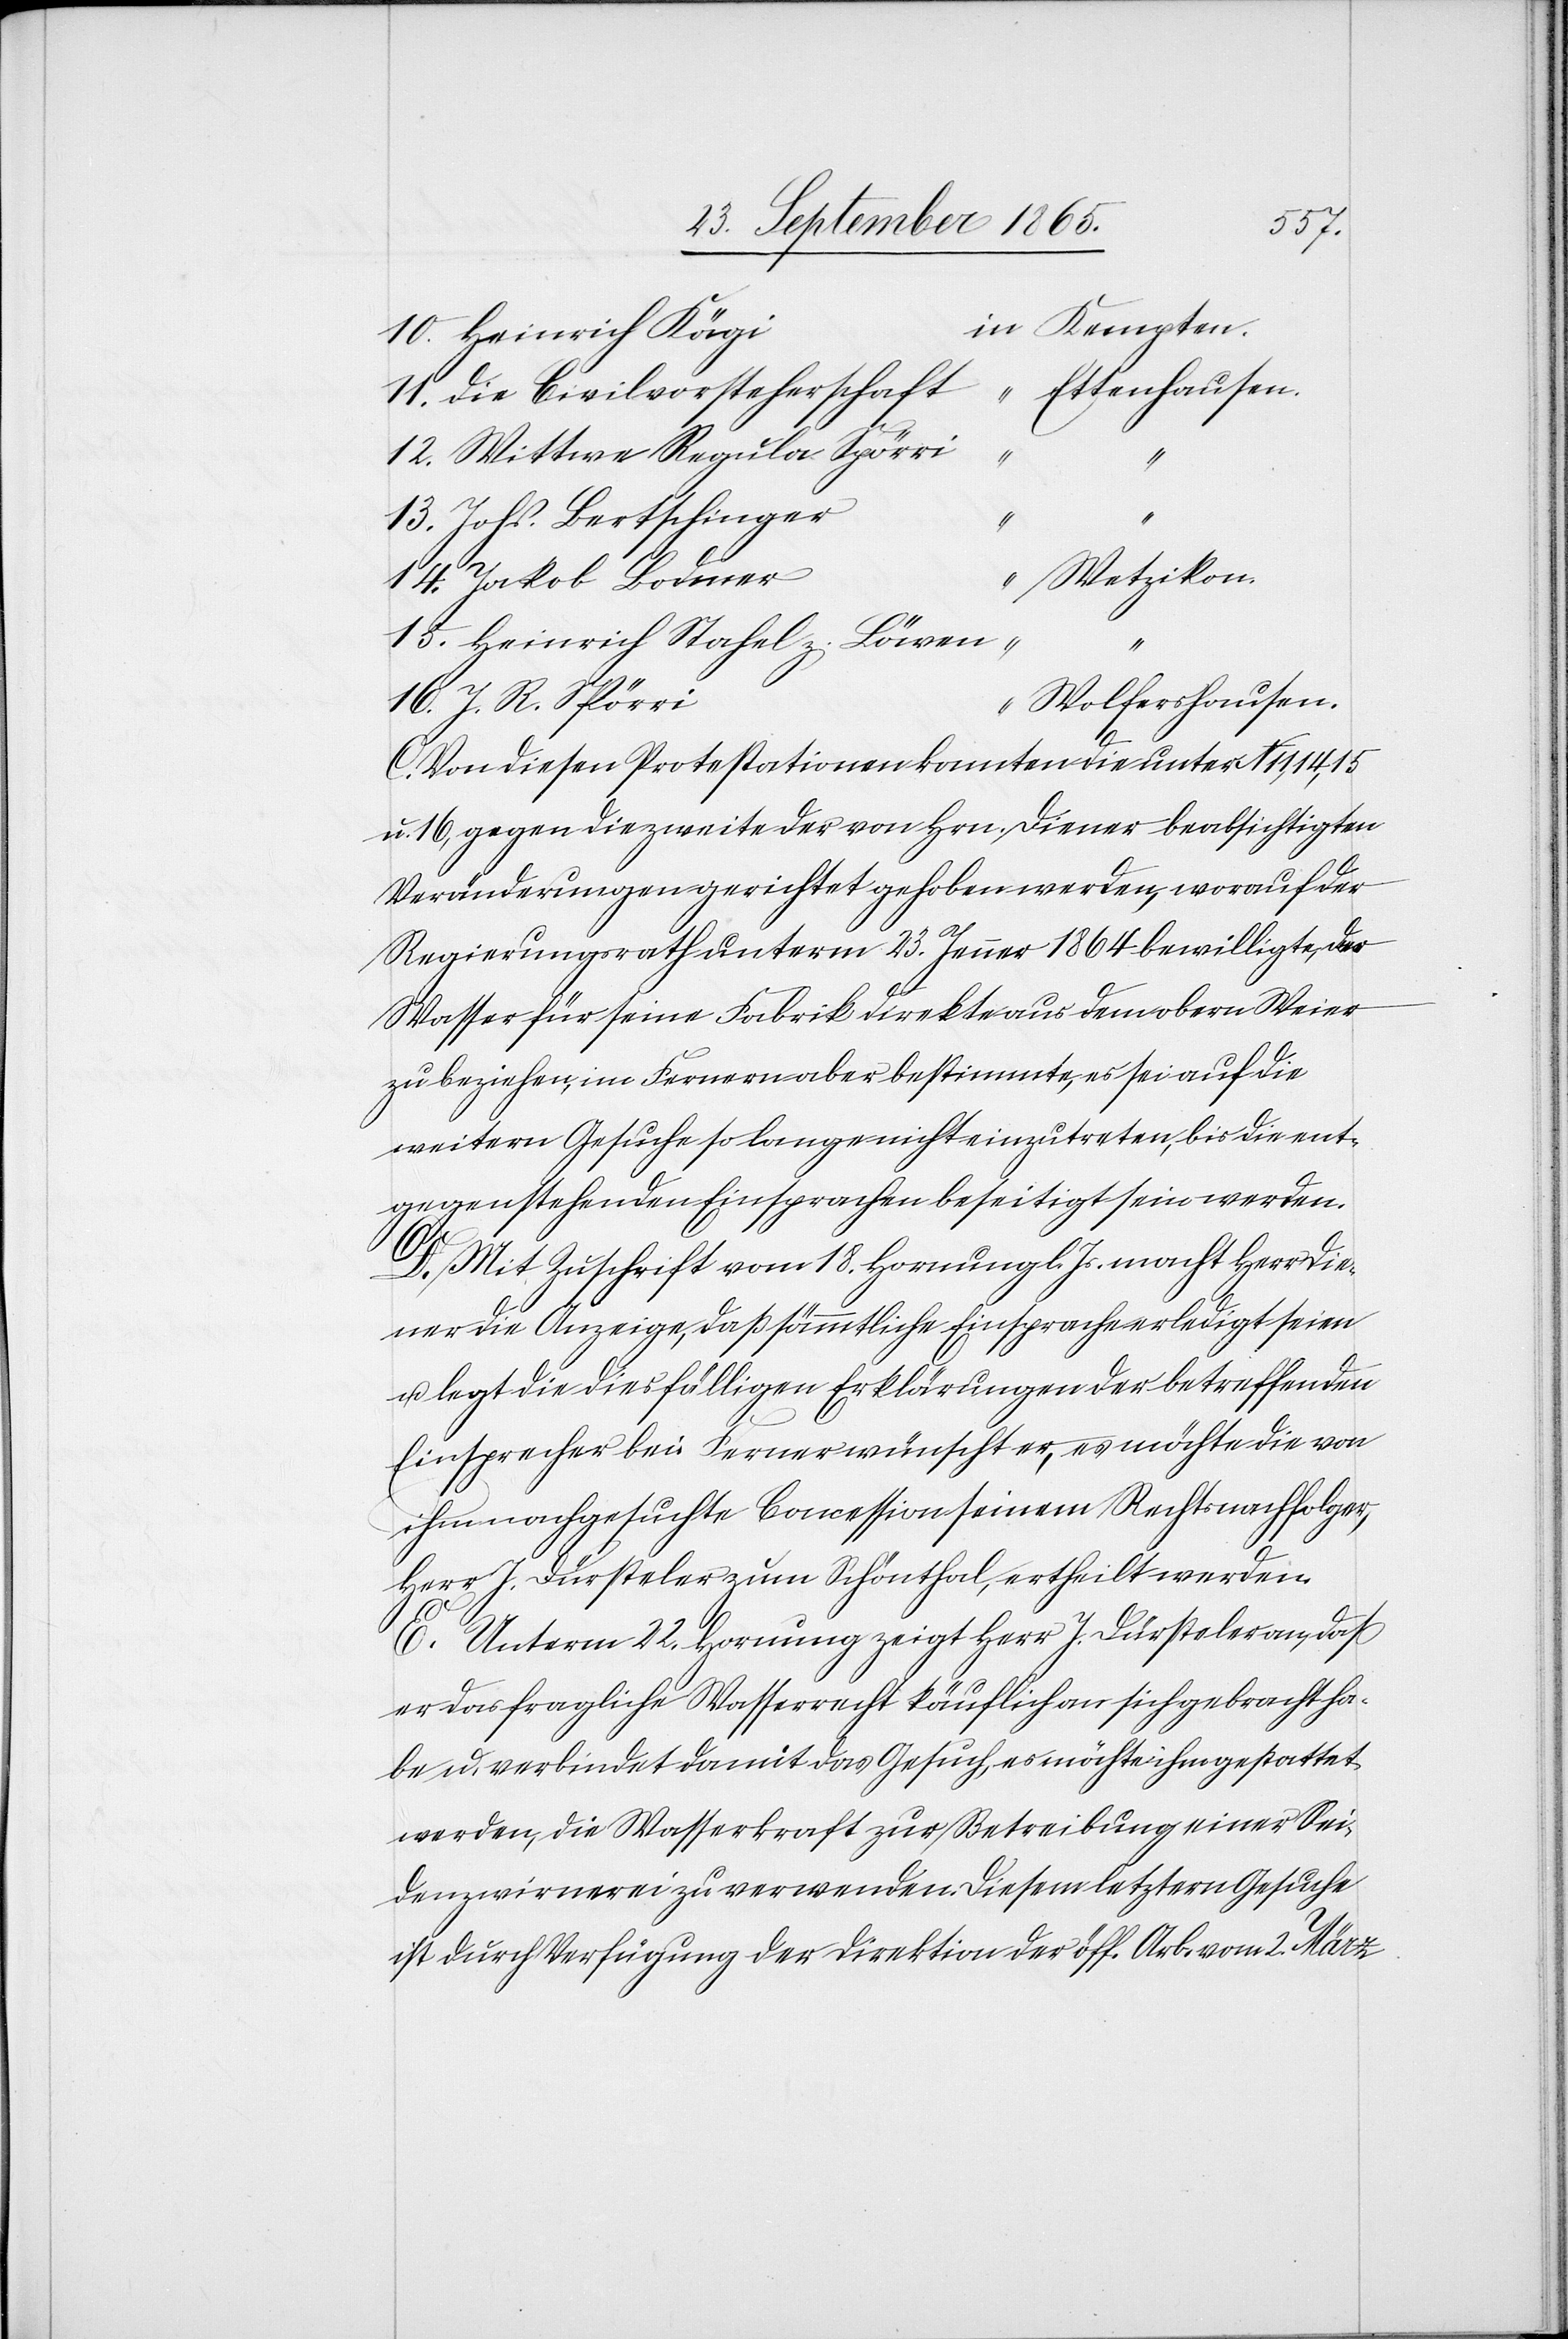
n Kempten
10. Heinrich Kägi	i¬
“ Ettenhausen.
11. die Civilvorsteherschaft
12. Wittwe Regula Spörri
13. Johs. Bertschinger
14.
“ Wetzikon
15. Heinrich Stahel z. Löwen
“
“ Wolfershausen.
16. J. R. Spörri
C. Von diesen Protestationen konnten die unter N 11, 14, 15
u. 16, gegen die zweite der von Hrn. Diener beabsichtigten
Veränderungen gerichtet gehoben werden, worauf der
Regierungsrath unterm 23. Jenner 1864 bewilligte, das
Wasser für seine Fabrik direkte aus dem obern Weier
zu beziehen, im Fernern aber bestimmte, es sei auf die
weitern Gesuche so lange nicht einzutreten, bis die ent¬
gegenstehenden Einsprachen beseitigt sein werden.
D. Mit Zuschrift vom 18. Hornung l. Js. macht Herr Die¬
ner die Anzeige, daß sämmtliche Einsprache erledigt seien
u. legt die diesfälligen Erklärungen der betreffenden
Einsprecher bei. Ferner wünscht er, es möchte die von
ihm nachgesuchte Concession seinem Rechtsnachfolger,
Herr J. Dürsteler zum Schönthal, ertheilt werden.
E. Unterm 22. Hornung zeigt Herr J. Dürsteler an, daß
er das fragliche Wasserrecht käuflich an sich gebracht ha¬
be u. verbindet damit das Gesuch, es möchte ihm gestattet
werden, die Wasserkraft zur Betreibung einer Sei¬
denzwirnerei zu verwenden. Diesem letztern Gesuche
ist durch Verfügung der Direktion der öff. Arb. vom 2. März